Indian journal of veterinary science and animal husbandry - Volumes 18-21, 1948-1951
Year: 1948
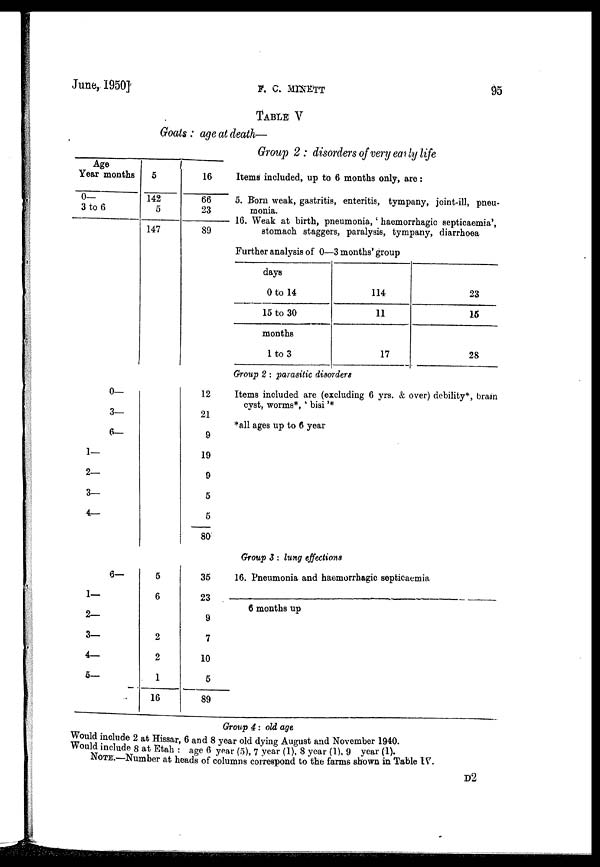
June, 1950]
F.
C.
MINETT
95
TABLE V
Goats : age at death—
Group 2 : disorders of very early life
Age
Year
0—
3 to 6
1—
2—
3—
4
1—
2—
3—
4—
5—
months
0—
3—
6—_
6—
5
142
5
147
5
6
2
2
1
16
16
66
23
89
12
21
9
19
9
5
5
80
35
23
9
7
10
5
89
Items included, up to 6 months only, are :
5. Born weak, gastritis, enteritis, tympany, joint-ill, pneu-
monia,
16. Weak at birth, pneumonia,' haemorrhagic septicaemia',
stomach staggers, paralysis, tympany, diarrhoea
Further analysis of 0—3 months' group
days
0 to 14
15 to 30
months
1 to 3
114
11
23
15
17
28
Group 2 : parasitic disorders
Items included are (excluding 6 yrs. & over) debility*, brain
cyst, worms*, ' bisi '*
*all ages up to 6 year
Group 3 : lung effections
16. Pneumonia and haemorrhagic septicaemia
6 months up
Group 4: old age
Would include 2 at Hissar, 6 and 8 year old dying August and November 1940.
Would include 8 at Etah : age 6 year (5), 7 year (1), 8 year (1), 9 year (1).
NOTE.—Number at heads of columns correspond to the farms shown in Table IV.
D2